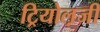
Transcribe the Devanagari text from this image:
ट्रियोल़जी